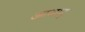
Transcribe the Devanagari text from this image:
आजाबु